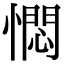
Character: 㦖